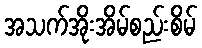
အသက်အိုးအိမ်စည်းစိမ်